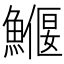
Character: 𩻖